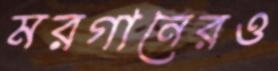
মরগানেরও